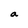
Character: a